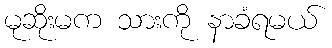
မုဆိုးမက သားကို နာခံရမယ်